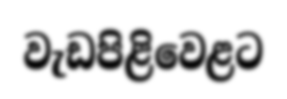
වැඩපිළිවෙළට